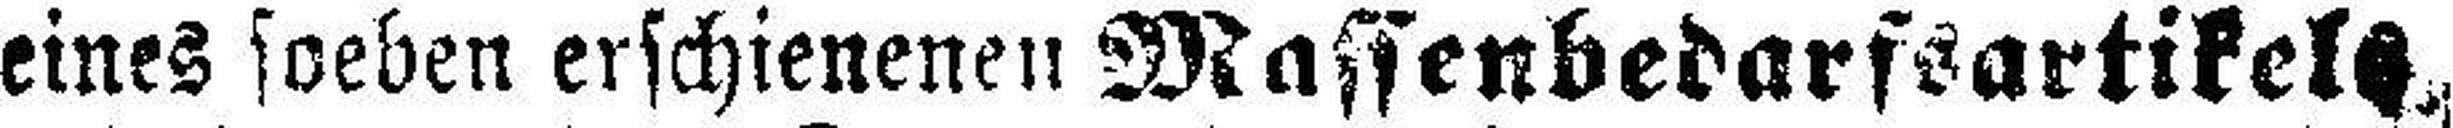
eines soeben erschienenen Massenbedarfsartikels